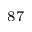
^ { 8 7 }